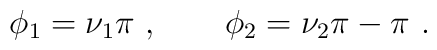
\phi_{1}=\nu_{1}\pi~, \qquad \phi_{2}=\nu_{2}\pi - \pi~.